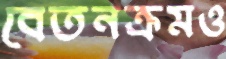
বেতনক্রমও